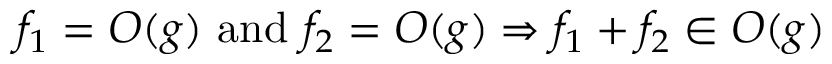
f _ { 1 } = O ( g ) { \mathrm { ~ a n d ~ } } f _ { 2 } = O ( g ) \Rightarrow f _ { 1 } + f _ { 2 } \in O ( g )